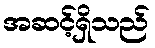
အဆင့်ရှိသည်